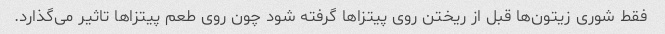
فقط شوری زیتون‌ها قبل از ریختن روی پیتزا‌ها گرفته شود چون روی طعم پیتزا‌ها تاثیر می‌گذارد.